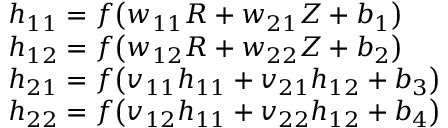
\begin{array} { r l } & { h _ { 1 1 } = f \big ( w _ { 1 1 } R + w _ { 2 1 } Z + b _ { 1 } \big ) } \\ & { h _ { 1 2 } = f \big ( w _ { 1 2 } R + w _ { 2 2 } Z + b _ { 2 } \big ) } \\ & { h _ { 2 1 } = f \big ( v _ { 1 1 } h _ { 1 1 } + v _ { 2 1 } h _ { 1 2 } + b _ { 3 } \big ) } \\ & { h _ { 2 2 } = f \big ( v _ { 1 2 } h _ { 1 1 } + v _ { 2 2 } h _ { 1 2 } + b _ { 4 } \big ) } \end{array}